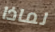
لماذا